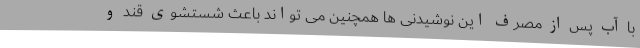
با آب پس از مصرف این نوشیدنی ها همچنین می تواند باعث شستشوی قند و